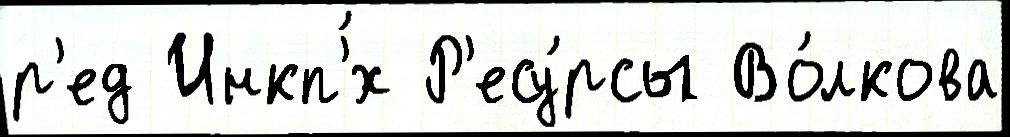
р'ед Инкп'́х Р'есу́рсы Во́лкова